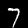
Digit: 7